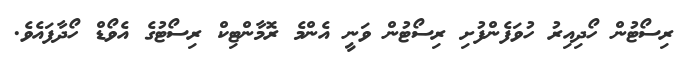
ރިސޯޓުން ހޯދިއިރު ހުވަފެންފުށި ރިސޯޓުން ވަނީ އެންމެ ރޮމާންޓިކް ރިސޯޓުގެ އެވޯޑް ހޯދާފައެވެ.